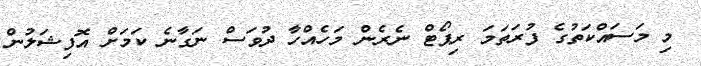
މި މަސައްކަތުގެ ފުރަތަމަ ރިޕޯޓް ނެރެން މަހެއްހާ ދުވަސް ނަގާނެ ކަމަށް އޮފިޝަލުން